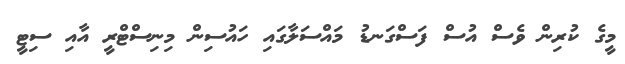
މީގެ ކުރިން ވެސް އުސް ފަސްގަނޑު މައްސަލާގައި ހައުސިން މިނިސްޓްރީ އާއި ސިޓީ